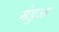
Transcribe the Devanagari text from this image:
मेडुआ